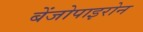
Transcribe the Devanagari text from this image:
बेंजोपाइरोन